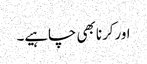
اورکرنا بھی چاہیے۔